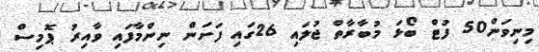
މިނިވަން50 ފުޓް ބޯޅަ މުބާރާތް ޖުލައި 26ގައި ފަށަން ނިންމާފައި ވާއިރު ޕޮމިސް